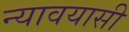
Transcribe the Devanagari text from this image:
न्यावयासी